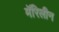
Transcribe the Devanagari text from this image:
मॅरिलीन